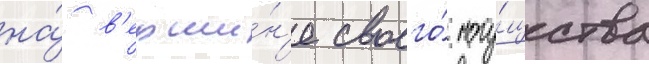
на́ в'ерши́н'е своего́ могу́щества